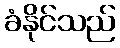
ခံနိုင်သည်